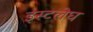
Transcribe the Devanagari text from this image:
इस्टलेघ